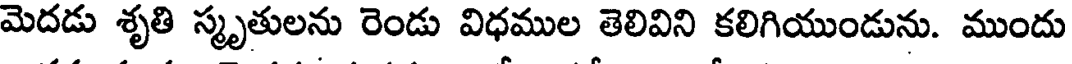
మెదడు శృతి స్మృతులను రెండు విధముల తెలివిని కలిగియుండును. ముందు